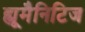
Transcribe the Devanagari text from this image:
ह्यूमैनिटिज